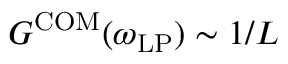
G ^ { \mathrm { C O M } } ( \omega _ { \mathrm { L P } } ) \sim 1 / L